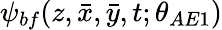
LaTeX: \psi_{bf}(z,\bar{x},\bar{y},t;\theta_{AE1})